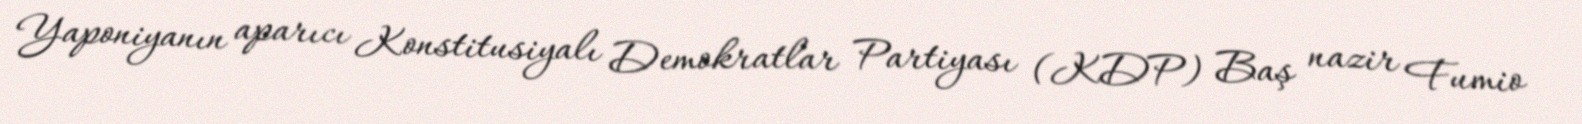
Yaponiyanın aparıcı Konstitusiyalı Demokratlar Partiyası (KDP) Baş nazir Fumio